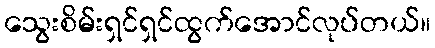
သွေးစိမ်းရှင်ရှင်ထွက်အောင်လုပ်တယ်။